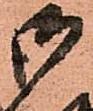
御